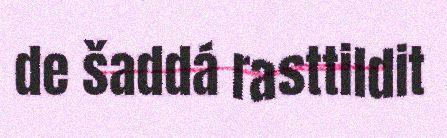
de šaddá rasttildit